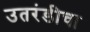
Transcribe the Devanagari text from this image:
उतरंडीचा